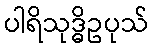
ပါရိသုဒ္ဓိဥပုသ်